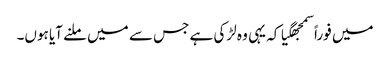
میں فوراً سمجھگیا کہ یہی وہ لڑکی ہے جس سے میں ملنے آیا ہوں۔